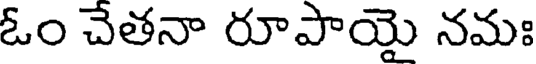
ఓం చేతనా రూపాయై నమః